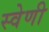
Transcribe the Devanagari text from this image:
स्वेणी